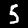
Label: 5